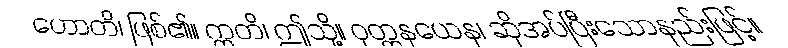
ဟောတိ၊ ဖြစ်၏။ ဣတိ၊ ဤသို့။ ဝုတ္တနယေန၊ ဆိုအပ်ပြီးသောနည်းဖြင့်။